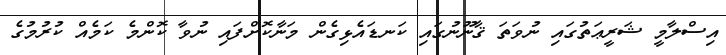
އިސްލާމީ ޝަރީޢަތުގައި ނުވަތަ ޤާނޫނުގައި ކަނޑައެޅިގެން މަނާކޮށްފައި ނުވާ ކޮންމެ ކަމެއް ކުރުމުގެ